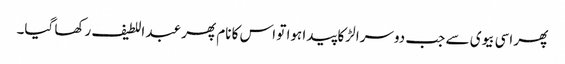
پھر اسی بیوی سے جب دوسرا لڑکا پیدا ہوا تو اس کا نام پھر عبد اللطیف رکھا گیا۔